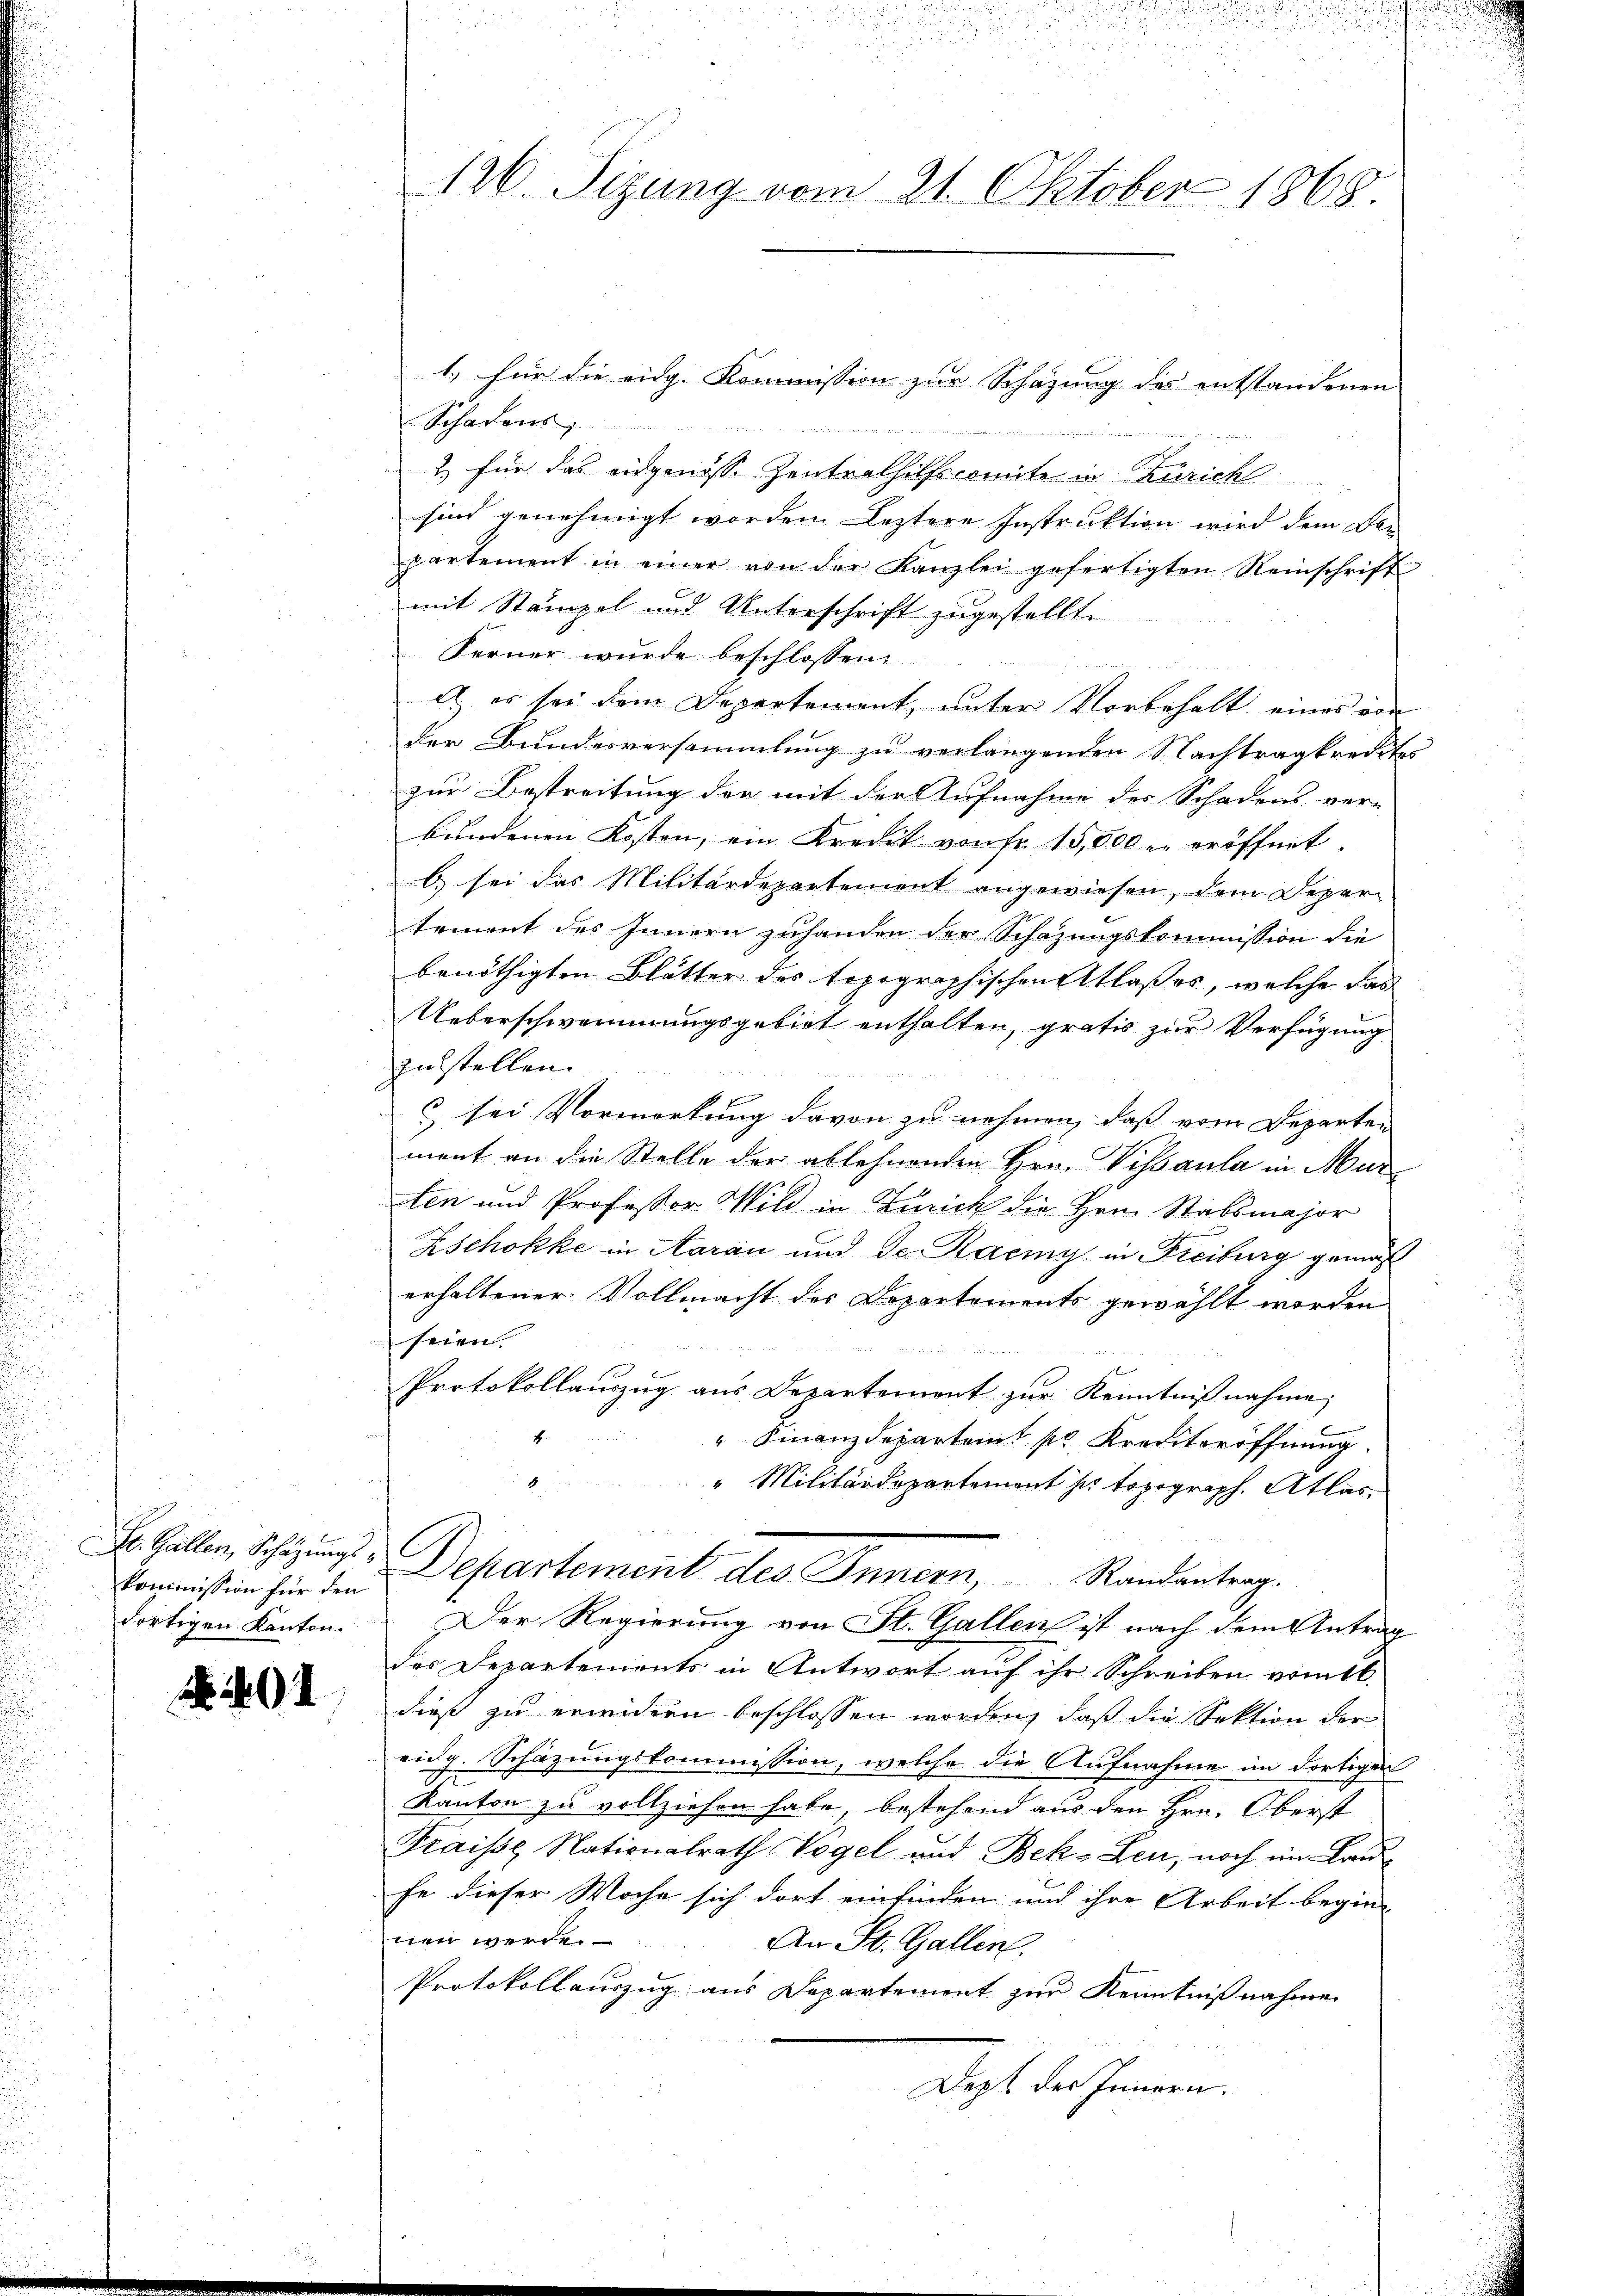
2 Fr
kommission für den
dortigen Kanton

N 401

126. Sizung vom 21. Oktober 1868.

1. für die eidg. Kommission zur Schazung des entstandenen
Schadens

2. für das eidgenisse Zentralhilfscomite in Zürich
sind genehmigt worden. Leztere Instruktion wird dem Be-
partement in einer von der Kanzlei gefertigten Reinschrift
mit Stämpel und Unterschrift zugestellte
Ferner wurde beschlossen:
A) es sei dem Departement, unter Vorbehalt eines von
der Bundesversammlung zu verlangenden Nachtragkredites
zur Bestreitung der mit der Aufnahme des Schadens ver-
bundenen Kosten, ein Kredit von Fr. 15,000 u. eröffnet.
b) sei das Militärdepartement angewiesen, dem Deper
tement des Innern zuhanden der Schazungskommission die
benöthigten Blätter des topographischen Atlaßes, welche das
Ueberschwommungsgebiet enthalten, gratis zur Verfügung
zustellen.
c sei Vormerkung davon zu nehmen, dass vom Departen
ment an die Stelle der ablehnenden Hrn. Vissaula in Murten und Professor Wild in Zürich die Hrn. Stabsmajor
Zschokke in Aarau und de Raemy in Freiburg gemäß
erhaltener Vollmacht des Departements gewählt worden
seien.
Protokollauszug aus Departement zur Kenntnißnahme,
4
" Finanzdepartamt pr. Krediteröffnung.

"Militärdepartement sur topograph. Atlas
Dr. Gallen, Schazungs-Departement des Innern, Randantrag.
Der Regierung von St. Gallen ist nach dem Antrag
des Departements in Antwort auf ihr Schreiben vom
dieß zu erwidern beschlossen worden, daß die Sektion der
eidg. Schäzungskommission, welche die Aufnahme im dortigen
Kanton zu vollziehen habe, bestehend aus den Hrn. Oberst
Fraisse Nationalrath Vogel und Bek-Leu, noch im Landfe dieser Woche sich dort einfinden und ihre Arbeit begin-
nein werden
An St. Gallen.
Protokollauszug aus Departement zur Kenntnißnahmen
Dept des Innern.